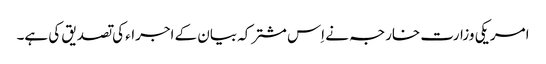
امریکی وزارت خارجہ نے اِس مشترکہ بیان کے اجراء کی تصدیق کی ہے۔